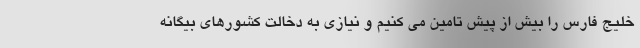
خلیج فارس را بیش از پیش تامین می کنیم و نیازی به دخالت کشورهای بیگانه